Report on the nature of kala-azar
Disease focus: Kala-Azar
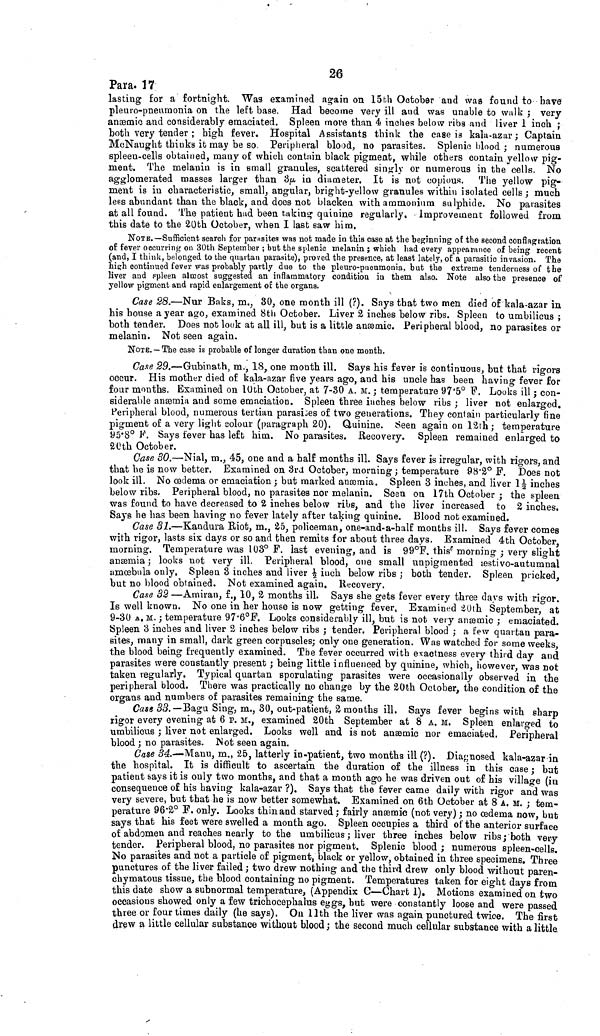
26
Para. 17
lasting for a fortnight. Was examined again on 15th October and was found to bave
pleuro-pneumonia on the left base. Had become very ill and was unable to walk ; very
anæmic and considerably emaciated. Spleen more than 4 indies below ribs and liver 1 inch ;
both very tender ; high fever. Hospital Assistants think the case is kala-azar; Captain
McNaught thinks it may be so. Peripheral blood, no parasites. Splenic blood ; numerous
spleen-cells obtained, many of which contain black pigment, while others contain yellow pig-
ment. The melanin is in small granules, scattered singly or numerous in the cells. No
agglomerated masses larger than 3μ in diameter. It is not copious. The yellow pig-
ment is in characteristic, small, angular, bright-yellow granules within isolated cells ; much
less abundant than the black, and does not blacken with ammonium sulphide. No parasites
at all found. The patient had been taking quinine regularly. Improvement followed from
this date to the 20th October, when I last saw him.
NOTE.—Sufficient search for parasites was not made in this caso at the beginning of the second conflagration
of fever occurring on 30th September ; but the splenic melanin ; which had every appearance of being recent
(and, I think, belonged to the quartan parasite), proved the presence, at least lately, of a parasitic invasion. The
high continued fever was probably partly due to the pleuro-pueumonia, but the extreme tenderness of the
liver and spleen almost suggested an inflammatory condition in them also. Note also the presence of
yellow pigment and rapid enlargement of the organs.
Case 28.—Nur Baks, m., 30, one month ill (?). Says that two men died of kala-azar in
his house a year ago, examined 8th October. Liver 2 inches below ribs. Spleen to umbilicus ;
both tender. Does not look at all ill, but is a little anæmic. Peripheral blood, no parasites or
melanin. Not seen again.
NOTE. — The case is probable of longer duration than one month.
Case 29.—Gubinath, m., 18, one month ill. Says his fever is continuous, but that rigors
occur. His mother died of kala-azar five years ago, and his uncle has been having fever for
four months. Examined on 10th October, at 7-30 A. M. ; temperature 97.5° F. Looks ill ; con-
siderable anæmia and some emaciation. Spleen three inches below ribs ; liver not enlarged.
Peripheral blood, numerous tertian parasites of two generations. They contain particularly fine
pigment of a very light colour (paragraph 20). Quinine. Seen again on 12th ; temperature
95.8° F. Says fever has left him. No parasites. Recovery. Spleen remained enlarged to
20th October.
Case 30. — Nial, m., 45, one and a half months ill. Says fever is irregular, with rigors, and
that he is now better. Examined on 3rd October, morning ; temperature 98.2° F. Does not
look ill. No œdema or emaciation ; but marked anæmia. Spleen 3 inches, and liver 1½ inches
below ribs. Peripheral blood, no parasites nor melanin. Seen on 17th October ; the spleen
was found to have decreased to 2 inches below ribs, and the liver increased to 2 inches.
Says he has been having no fever lately after taking quinine. Blood not examined.
Case 31.—Kandura Riot, m., 25, policeman, one-and-a-half months ill. Says fever comes
with rigor, lasts six days or so and then remits for about three days. Examined 4th October,
morning. Temperature was 103° F. last evening, and is 99° F. this morning ; very slight
anæmia; looks not very ill. Peripheral blood, one small unpigmented æstivo-autumnal
amœbula only. Spleen 3 inches and liver ½ inch below ribs ; both tender. Spleen pricked,
but no blood obtained. Not examined again. Recovery.
Case 32 —Amiran, f., 10, 2 months ill. Says she gets fever every three days with rigor.
Is well known. No one in her house is now getting fever, Examined 20th September, at
9-30 Δ. M. ; temperature 97.6° F. Looks considerably ill, but is not very anæmic ; emaciated.
Spleen 3 inches and liver 2 inches below ribs ; tender. Peripheral blood ; a few quartan para-
sites, many in small, dark green corpuscles; only one generation. Was watched for some weeks,
the blood being frequently examined. The fever occurred with exactness every third day and
parasites were constantly present ; being little influenced by quinine, which, however, was not
taken regularly. Typical quartan sporulating parasites were occasionally observed in the
peripheral blood. There was practically no change by the 20th October, the condition of the
organs and numbers of parasites remaining the same.
Case 33.— Bagu Sing, m., 30, out-patient, 2 months ill. Says fever begins with sharp
rigor every evening at 6 P. M., examined 20th September at 8 A. M. Spleen enlarged to
umbilicus ; liver not enlarged. Looks well and is not anæmic nor emaciated. Peripheral
blood ; no parasites. Not seen again.
Case 34.—Manu, m., 25, latterly in-patient, two months ill (?). Diagnosed kala-azar in
the hospital. It is difficult to ascertain the duration of the illness in this case ; bat
patient says it is only two months, and that a month ago he was driven out of his village (in
consequence of his having kala-azar ?). Says that the fever came daily with rigor and was
very severe, but that he is now better somewhat. Examined on 6th October at 8 A. M. ; tem-
perature 96.2° F. only. Looks thin and starved ; fairly anæmic (not very) ; no œdema now, but
says that his feet were swelled a month ago. Spleen occupies a third of the anterior surface
of abdomen and reaches nearly to the umbilicus ; liver three inches below ribs ; both very
tender. Peripheral blood, no parasites nor pigment. Splenic blood ; numerous spleen-cells.
No parasites and not a particle of pigment, black or yellow, obtained in three specimens. Three
punctures of the liver failed ; two drew nothing and the third drew only blood without paren-
chymatous tissue, the blood containing no pigment. Temperatures taken for eight days from
this date show a subnormal temperature, (Appendix C—Chart 1). Motions examined on two
occasions showed only a few trichocephalus eggs, but were constantly loose and were passed
three or four times daily (he says). On 11th the liver was again punctured twice. The first
drew a little cellular substance without blood ; the second much cellular substance with a little